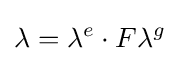
\lambda =\lambda ^{e}\cdot F\lambda ^{g}